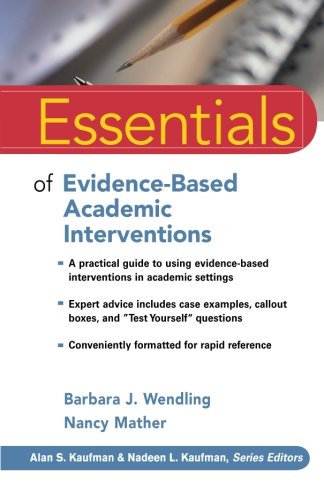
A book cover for Essentials of Evidence-Based Academic Interventions; Barbara J. Wendling; Medical Books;